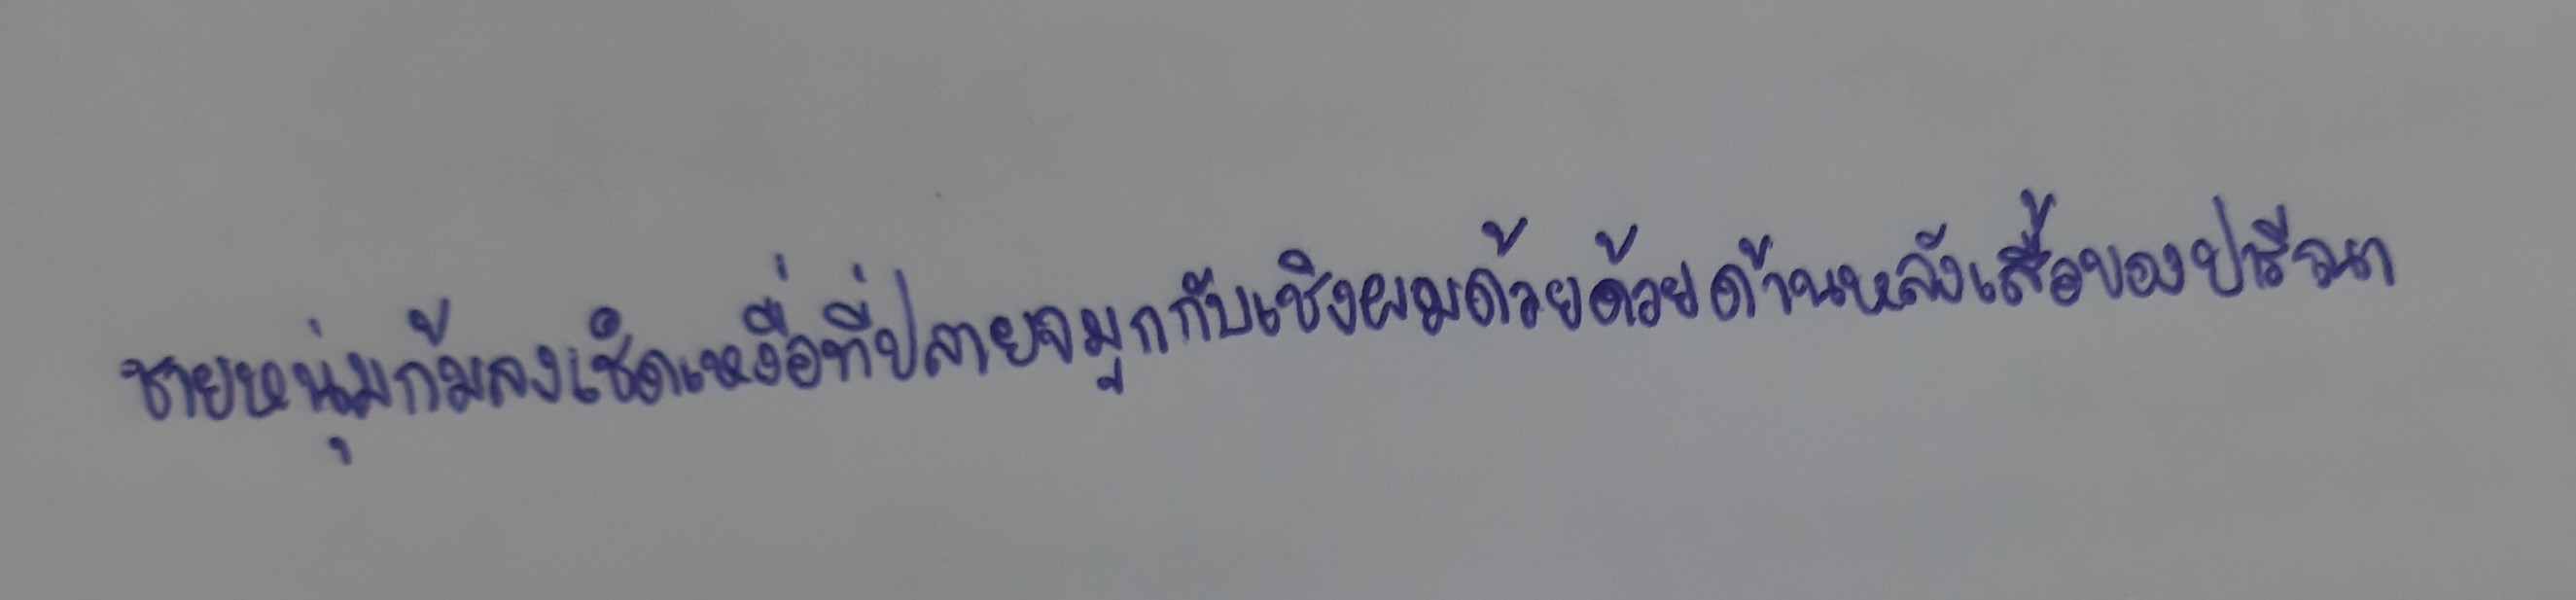
ชายหนุ่มก้มลงเช็ดเหงื่อที่ปลายจมูกกับเชิงผมด้วยด้านหลังเสื้อของปารีณา